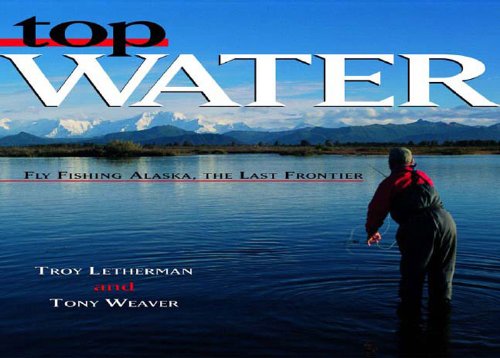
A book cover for Top Water: Fly Fishing Alaska, the Last Frontier; Troy Letherman; Travel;